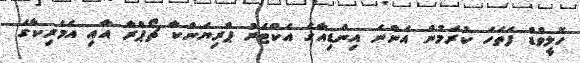
ހޮލީވްޑް ފަތަހަ ކުރަމުން އަންނަ އިންޑިއާގެ އެކްޓަރު ޕްރިޔަންކާ ޗޯޕްރާ އާއި އެމެރިކާގެ